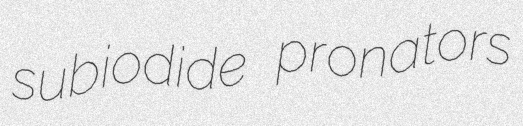
subiodide pronators